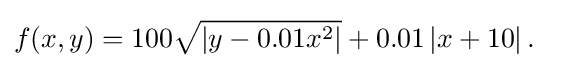
f(x,y)=100{\sqrt {\left|y-0.01x^{2}\right|}}+0.01\left|x+10\right|.\quad